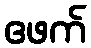
ဧဖက်